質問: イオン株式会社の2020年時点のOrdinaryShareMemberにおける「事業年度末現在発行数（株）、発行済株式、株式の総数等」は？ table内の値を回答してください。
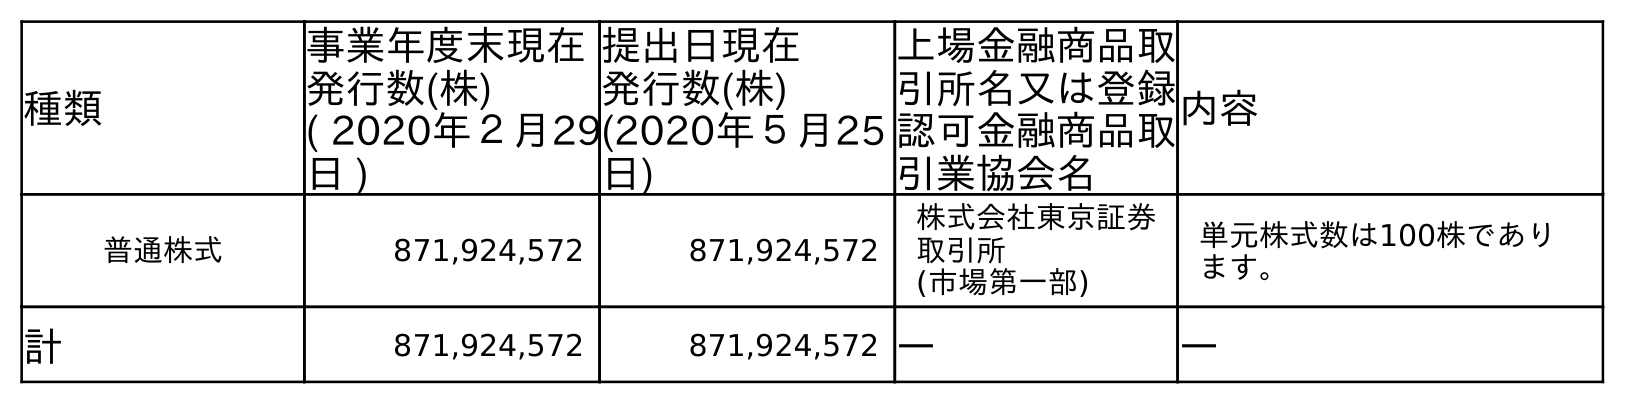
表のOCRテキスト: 種類 事業年度末現在 発行数(株) ( 2020年２月29 日 ) 提出日現在 発行数(株) (2020年５月25 日) 上場金融商品取 引所名又は登録 認可金融商品取 引業協会名 内容 普通株式 871,924,572 871,924,572 株式会社東京証券 取引所 (市場第一部) 単元株式数は100株であり ます。 計 871,924,572 871,924,572 ― ―
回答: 871,924,572